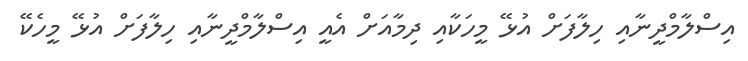
އިސްލާމްދީނާއި ހިލާފަށް އުޅޭ މީހަކާއި ދިމާއަށް އެއީ އިސްލާމްދީނާއި ހިލާފަށް އުޅޭ މީހެކޭ